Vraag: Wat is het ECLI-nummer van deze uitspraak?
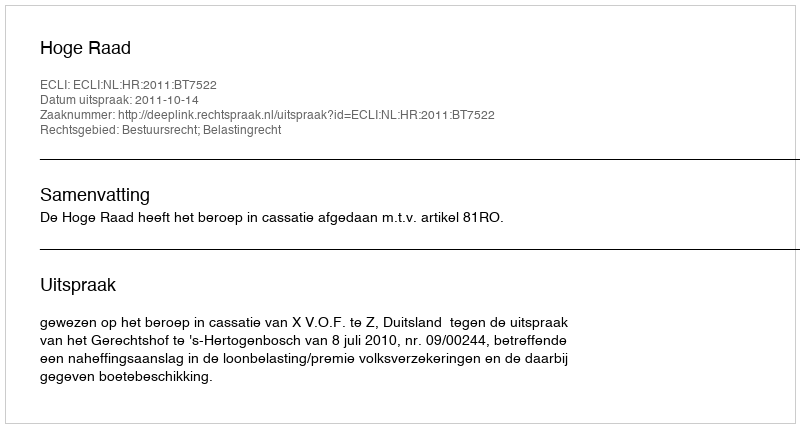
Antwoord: ECLI:NL:HR:2011:BT7522